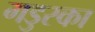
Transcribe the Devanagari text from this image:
गडुस्का